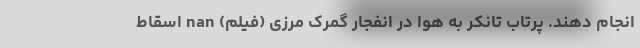
انجام دهند. پرتاب تانکر به هوا در انفجار گمرک مرزی (فیلم) nan اسقاط